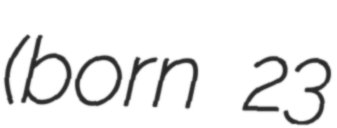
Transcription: (born 23